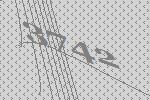
3742